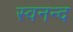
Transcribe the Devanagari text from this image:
स्वनन्द